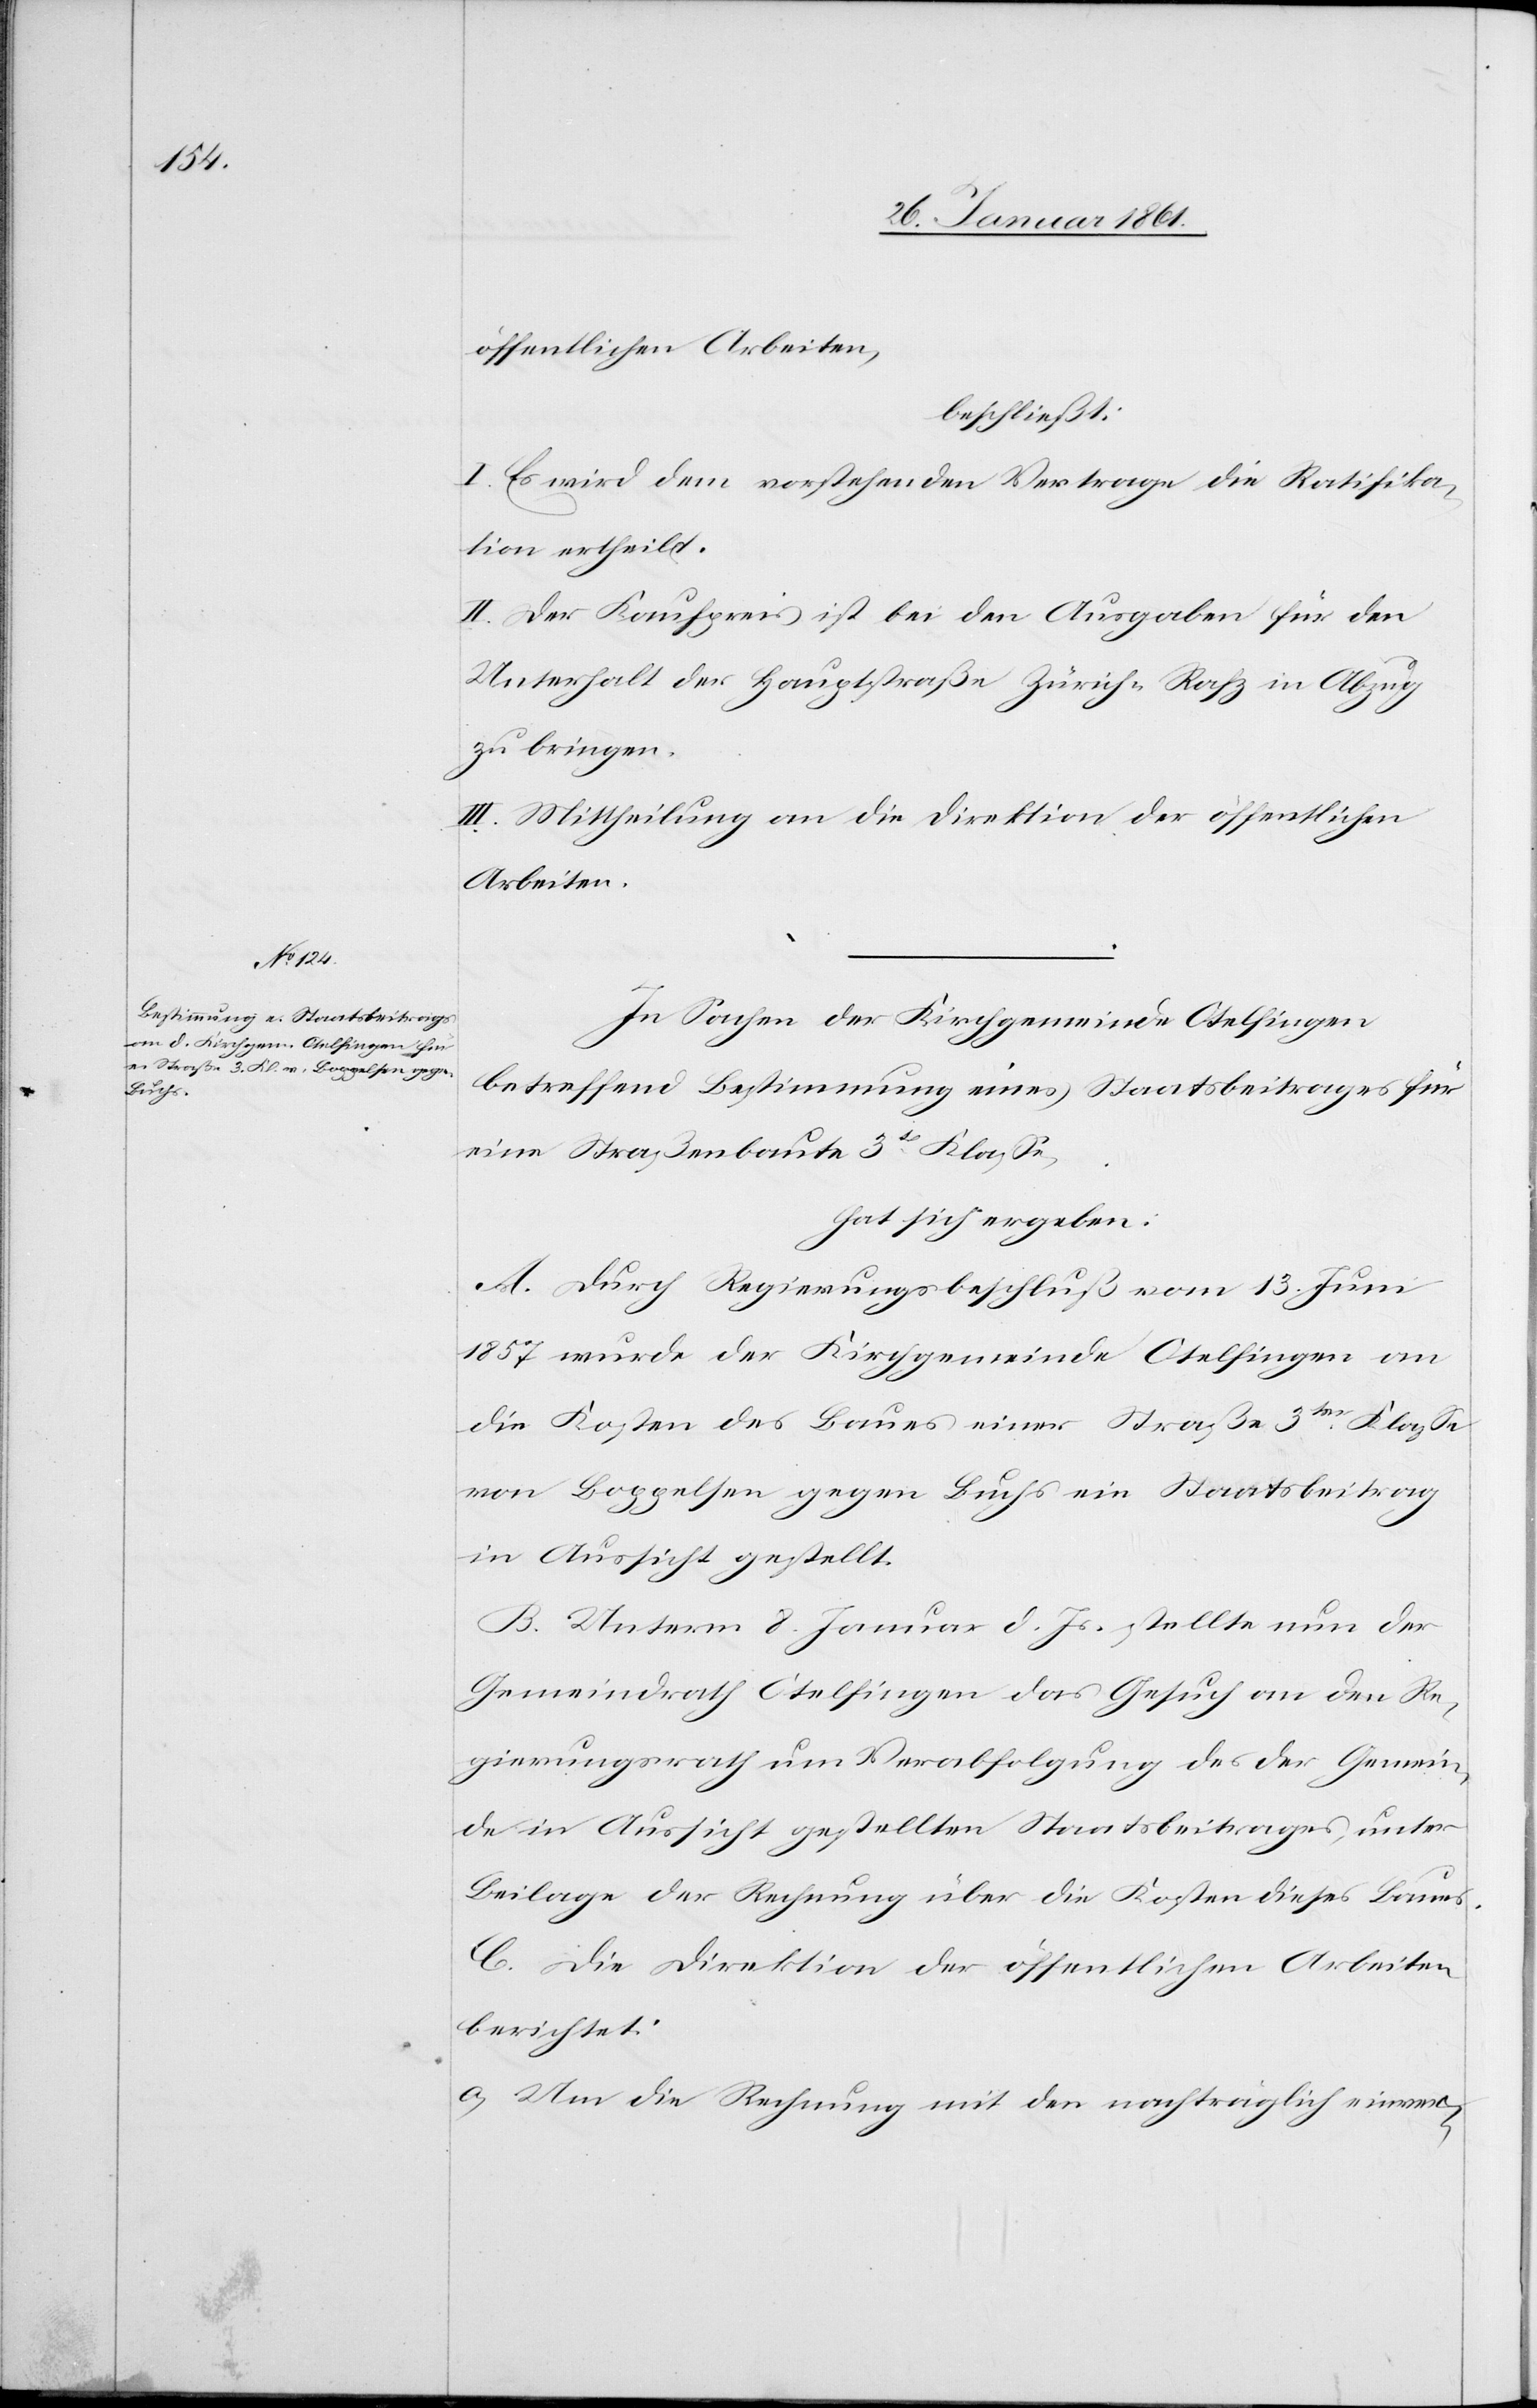
öffentlichen Arbeiten,
beschließt:
I. Es wird dem vorstehenden Vertrage die Ratifika¬
tion ertheilt.
II. Der Kaufpreis ist bei den Ausgaben für den
Unterhalt der Hauptstraße Zürich-Rafz in Abzug
zu bringen.
III. Mittheilung an die Direktion der öffentlichen
Arbeiten.
In Sachen der Kirchgemeinde Otelfingen
betreffend Bestimmung eines Staatsbeitrages für
eine Straßenbaute 3t Klasse,
hat sich ergeben:
A. Durch Regierungsbeschluß vom 13. Juni
1857 wurde der Kirchgemeinde Otelfingen an
die Kosten des Baues einer Straße 3ter Klasse
von Boppelsen gegen Buchs ein Staatsbeitrag
in Aussicht gestellt.
B. Unterm 8. Januar d. Js. stellte nun der
Gemeindrath Otelfingen das Gesuch an den Re¬
gierungsrath um Verabfolgung des der Gemein¬
de in Aussicht gestellten Staatsbeitrages, unter
Beilage der Rechnung über die Kosten dieses Baues.
C. Die Direktion der öffentlichen Arbeiten
berichtet:
a) Um die Rechnung mit den nachträglich einver-